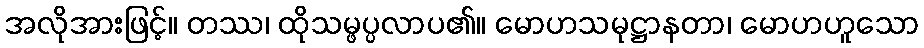
အလိုအားဖြင့်။ တဿ၊ ထိုသမ္ဖပ္ပလာပ၏။ မောဟသမုဋ္ဌာနတာ၊ မောဟဟူသော